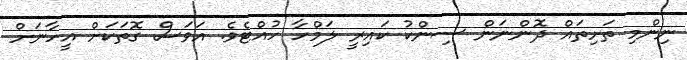
ނިންމި ތަށިތައް ދޮންނަން ސިންކު ކައިރީ ލަމްހާ ހުއްޓެވެ. އަވަސް ގޮތަކަށް އީހާނަށް